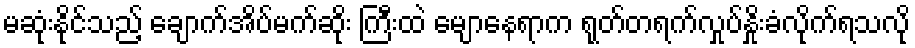
မဆုံးနိုင်သည့် ချောက်အိပ်မက်ဆိုး ကြီးထဲ မျောနေရာက ရုတ်တရက်လှုပ်နှိုးခံလိုက်ရသလို